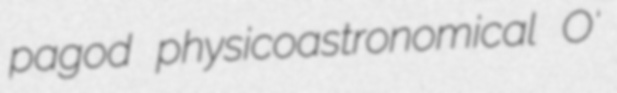
pagod physicoastronomical O'